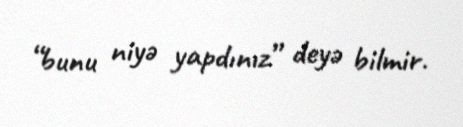
“bunu niyə yapdınız” deyə bilmir.